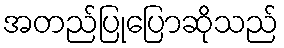
အတည်ပြုပြောဆိုသည်